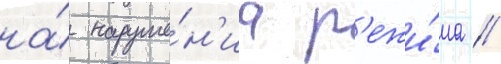
на́ наруше́н'иа р'ежи́ма //